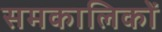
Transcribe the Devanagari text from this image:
समकालिकों